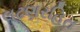
લઢણરહિત